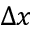
\Delta x